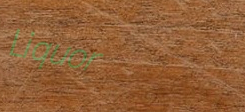
Liquor